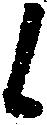
候